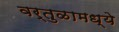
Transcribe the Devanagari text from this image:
वर्तुळामध्ये